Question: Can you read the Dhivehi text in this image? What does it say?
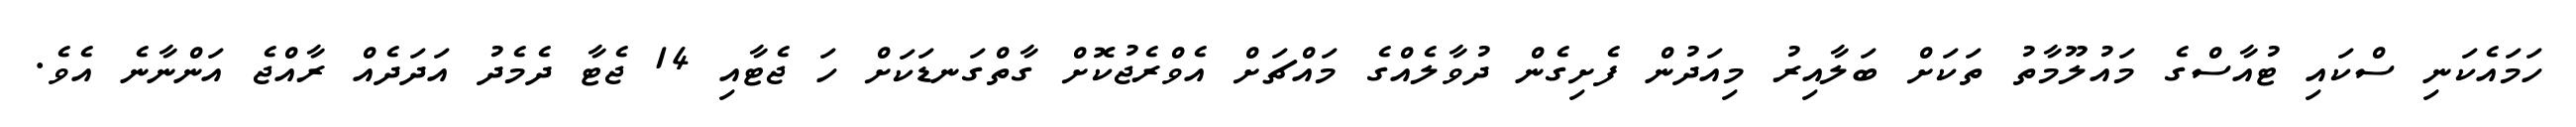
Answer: ހަމައެކަނި ސްކައި ޓުއާސްގެ މައުލޫމާތު ތަކަށް ބަލާއިރު މިއަދުން ފެށިގެން ދުވާލެއްގެ މައްޗަށް އެވްރެޖުކޮށް ގާތްގަނޑަކަށް ހަ ޖެޓާއި 14 ޖެޓާ ދެމެދު އަދަދެއް ރާއްޖެ އަންނާނެ އެވެ.